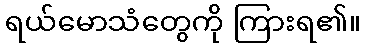
ရယ်မောသံတွေကို ကြားရ၏။